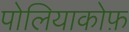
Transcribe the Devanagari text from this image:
पोलियाकोफ़